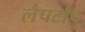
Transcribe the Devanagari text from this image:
लैपटाॅप